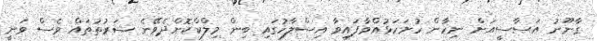
ގާނޫނު އަސާސީއަށް ނިހާން ހުށަހަޅުއްވާފައިވާ އިސްލާހުގައި ބިން މިލްކްކޮށްދެވޭނެ ޝަރުތުތައް ވެސް ވަނީ